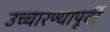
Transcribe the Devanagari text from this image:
उच्चारण्यापूर्वी